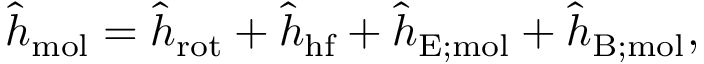
\hat { h } _ { \mathrm { m o l } } = \hat { h } _ { \mathrm { r o t } } + \hat { h } _ { \mathrm { h f } } + \hat { h } _ { \mathrm { E ; m o l } } + \hat { h } _ { \mathrm { B ; m o l } } ,